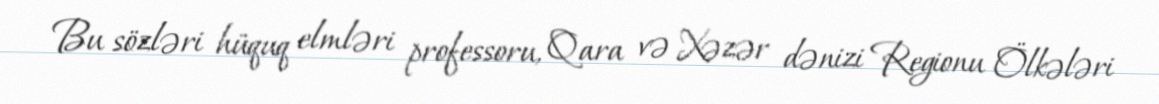
Bu sözləri hüquq elmləri professoru, Qara və Xəzər dənizi Regionu Ölkələri